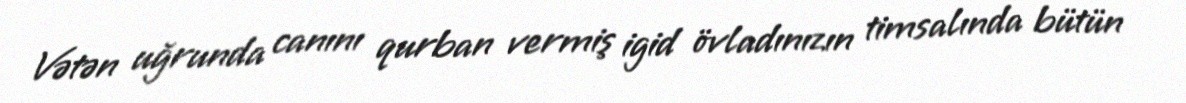
Vətən uğrunda canını qurban vermiş igid övladınızın timsalında bütün